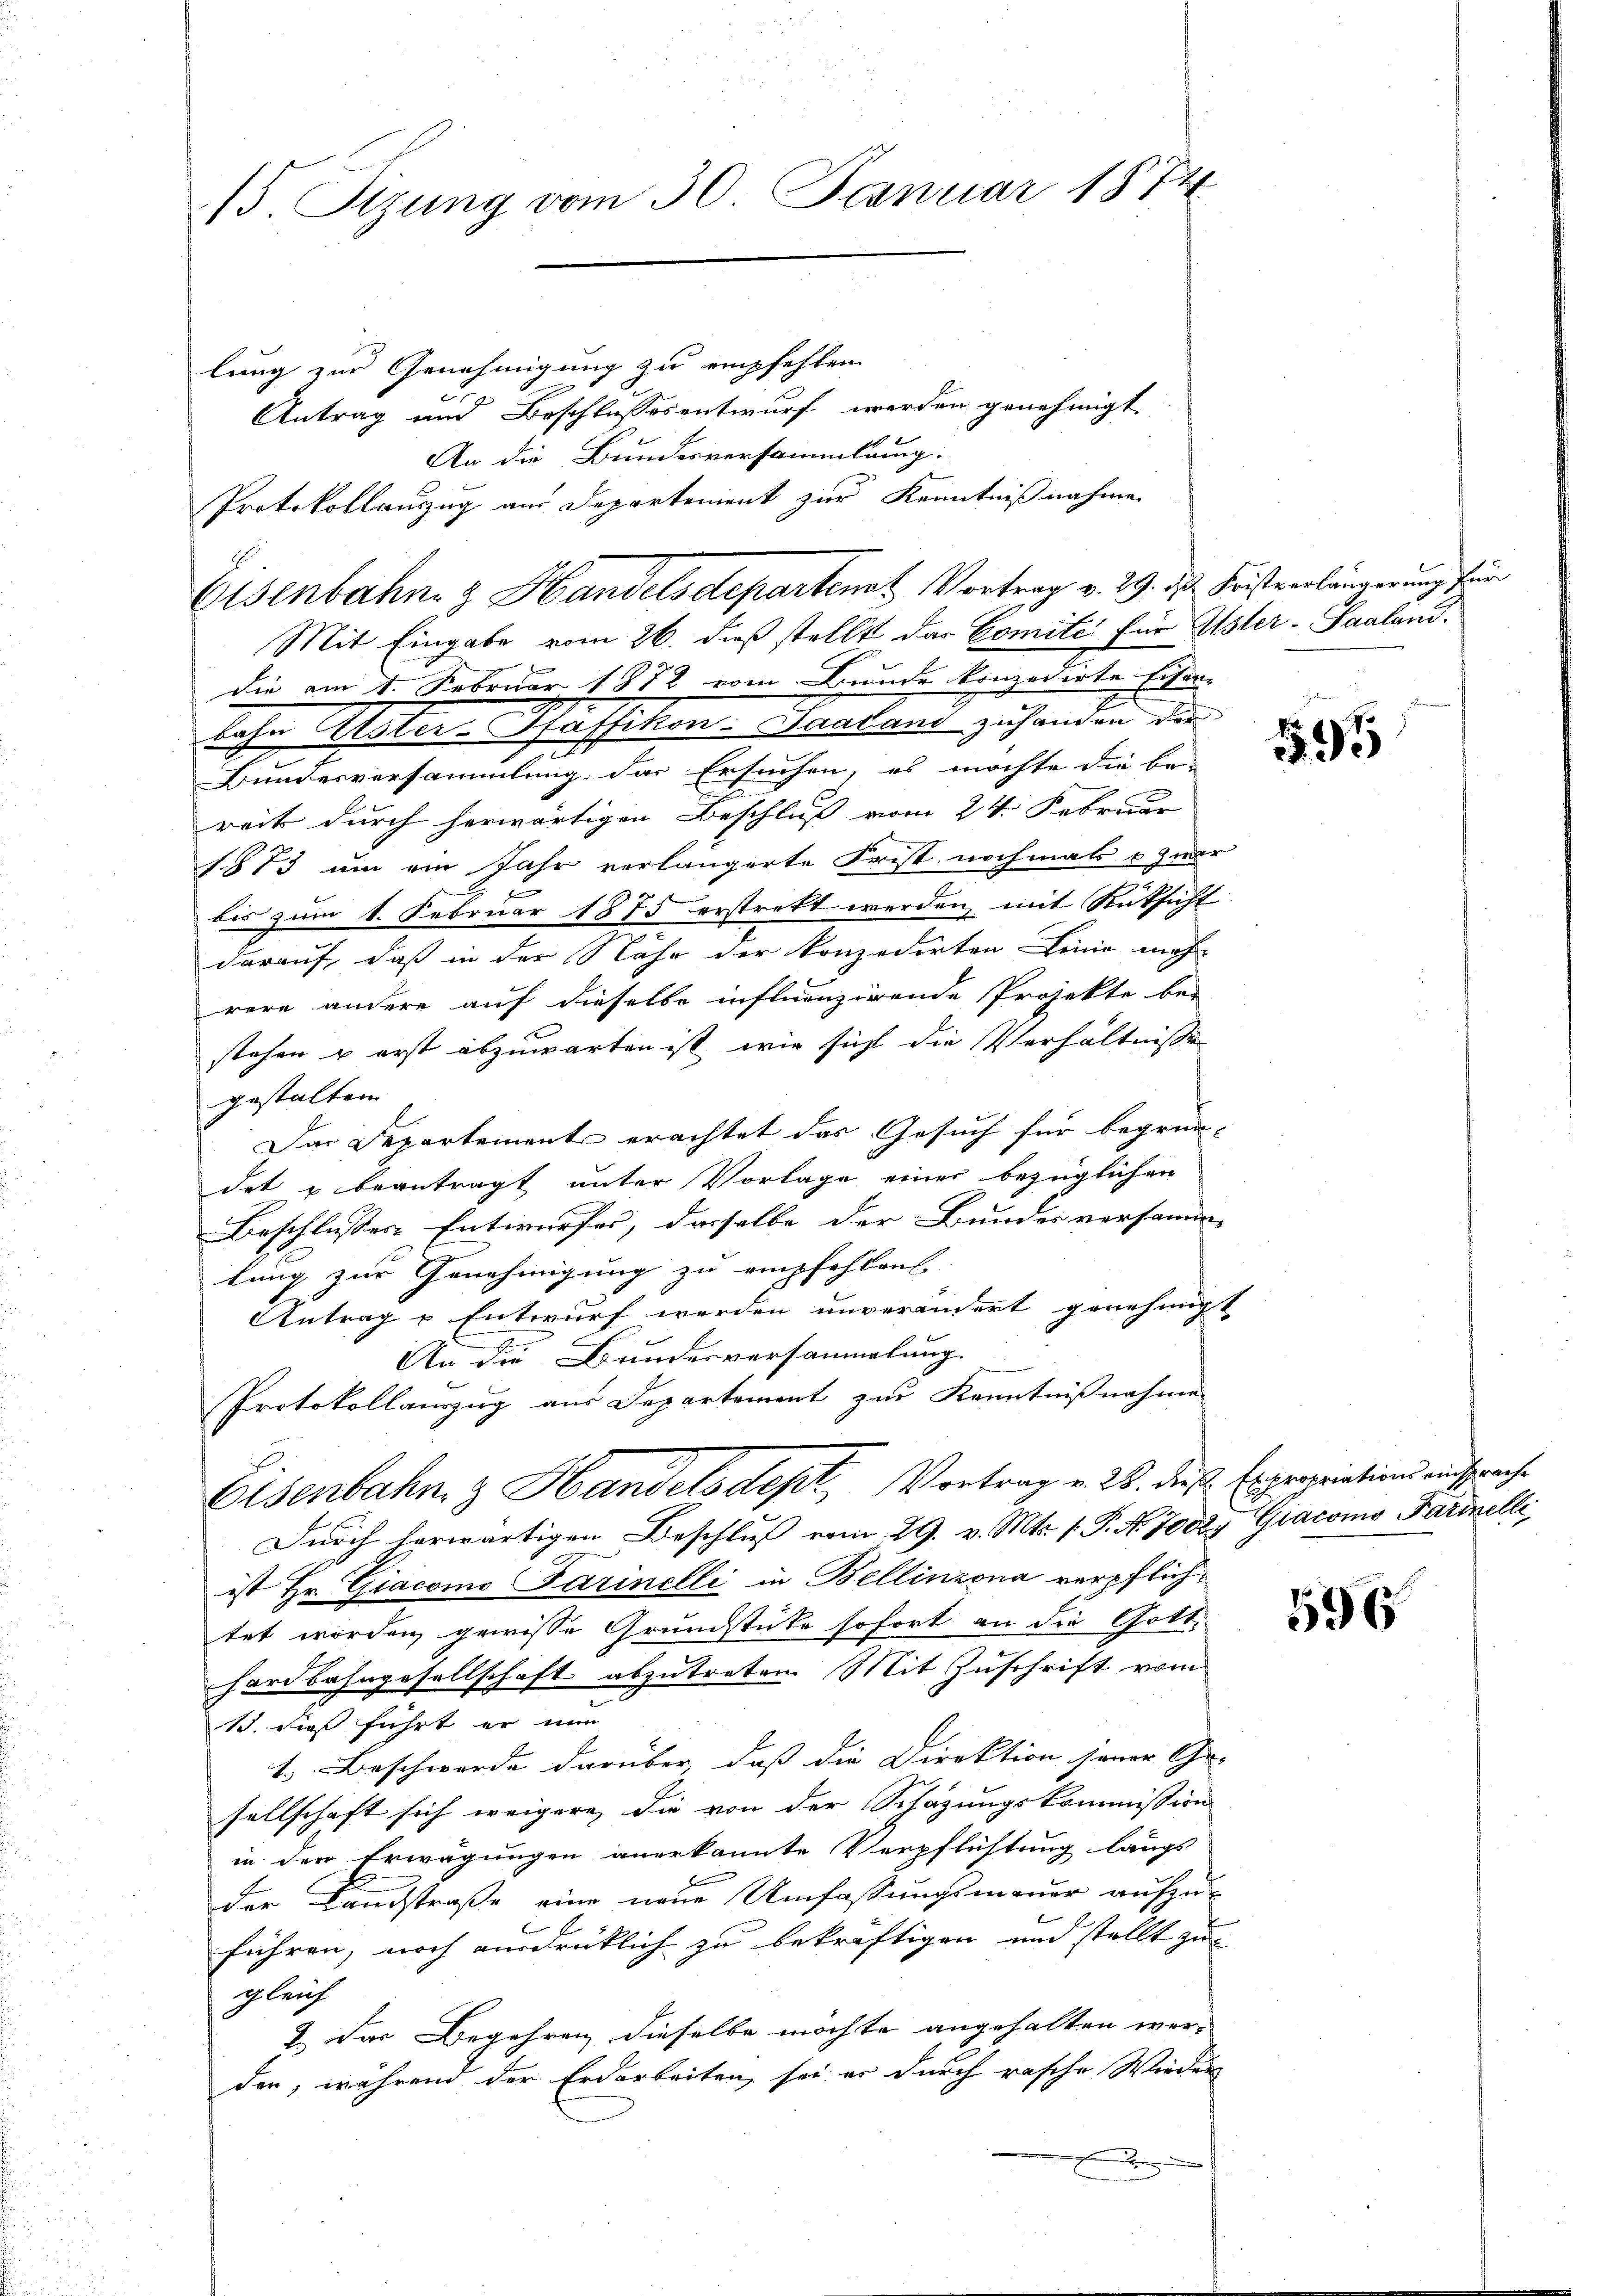
15 Sizung vom 30. Januar 1874

lung zur Genehmigung zu empfehlen
s
Antrag und Beschlussesentwurf werden genehmigt
An die Bundesversammlung.
Protokollauszug am Departement zur Kenntnißnahme
Mit Eingabe vom 26. dieß stellt das Comite für Uster- Saalanddie am 1. Februar 1872 vom Bunde konzedirte Eisen-
Lahn Uster-Pfaffikon - Saatant zu handen der
.
Bundesversammlung des Ersuchen, es möchte die be-
reits durch herwärtigen Beschluss vom 24. Februar
1873 um ein Jahr verlängerte Frist nochmals o zwar
c
bis zum 1. Februar 1875 erstrett werden, mit Rücksicht
darauf, daß in der Nähe der konzedirten Linie mehr
rere andere auf dieselbe influenzirende Projekte be-
x
stehen & erst abzuwarten ist, wie sicht die Verhältnisse
gestalten.
Das Departement erachtet das Gesuch für begrün-
det & beantragt unter Vorlage einer bezüglichen
Beschlusser Entwurfes, dasselbe der Bunder versamme
lung zur Genehmigung zu empfehlen. |
Antrag & Entwurf werden unverändert genehmigt
An die Bundesversammlung.
Protokollauszug aus Departement zur Kenntnißnahme
Eisenbahn & Handelsdept, Vortrag v. 22. diese Expropriations einsprache
Durch herwärtigen Beschluß vom 29. v. Mts. 1. P. No. 70027 Giacomo Parinelle
ist Hr. Giacomo Farinelli in Bellinzona verpflichtet worden gewisse Grundstücke sofort an die Gott-
hardbahngesellschaft abzutreten. Mit Zuschrift vom
S. dies führt er nun
1. Beschwerde darüber, daß die Direktion jener Cha-
sellschaft sich weigere, die von der Schazungskommission
in den Erwägungen anerkannte Verpflichtung längs
der Landstraße eine neue Umfassungsmauer aufzu-
E
führen, noch ausdrücklich zu bekräftigen und stellt zu
gleich
7. Das Begehren dieselbe möchte angehalten werder, während der Erdarbeiten, sei er durch rasche Wieder
d

Eisenbahn & Handelsdepartemat Vortrag v. 29. ds Fristverlängerung für

195

596